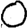
Digit: 0